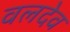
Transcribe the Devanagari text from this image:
वलदेव